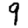
Digit: 9